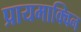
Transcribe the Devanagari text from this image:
प्रायमाक्विन